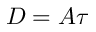
D = A \tau